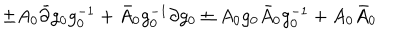
\pm A _ { 0 } \bar { \partial } g _ { 0 } g _ { 0 } ^ { - 1 } + \bar { A } _ { 0 } g _ { 0 } ^ { - 1 } \partial g _ { 0 } \pm A _ { 0 } g _ { 0 } \bar { A } _ { 0 } g _ { 0 } ^ { - 1 } + A _ { 0 } \bar { A } _ { 0 }